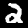
Digit: 2